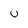
Character: u